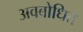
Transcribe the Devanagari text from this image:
अवबोधित